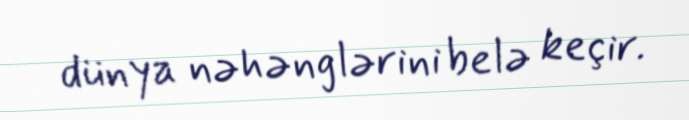
dünya nəhənglərini belə keçir.